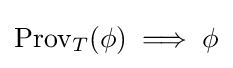
\mathrm {Prov} _{T}(\phi )\implies \phi